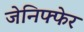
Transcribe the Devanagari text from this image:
जेनिफ्फेर